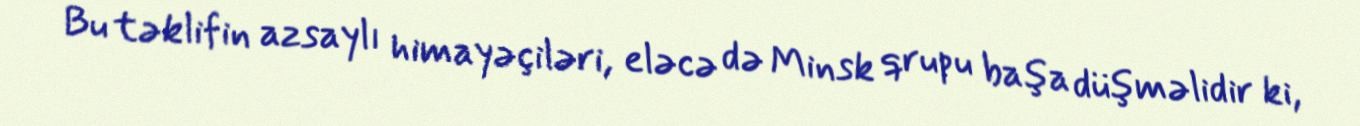
Bu təklifin azsaylı himayəçiləri, eləcə də Minsk qrupu başa düşməlidir ki,